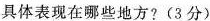
具体表现在哪些地方?(3分)